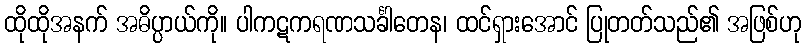
ထိုထိုအနက် အဓိပ္ပာယ်ကို။ ပါကဋကရဏသင်္ခါတေန၊ ထင်ရှားအောင် ပြုတတ်သည်၏ အဖြစ်ဟု